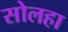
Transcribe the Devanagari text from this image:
सोलहा